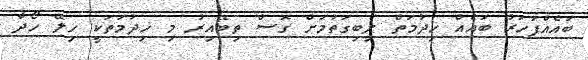
ބައެއްފަހަރު ބައެއް ޚިދުމަތް ލިބިގަތުމަށް ގޮސް ތިބޭއިރު މި ޚިދުމަތަކީ ހިލޭ ހޯދާ